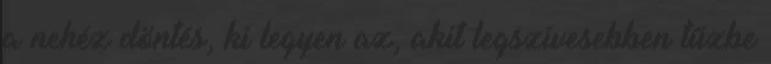
a nehéz döntés, ki legyen az, akit legszívesebben tűzbe